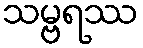
သမ္ဗရဿ